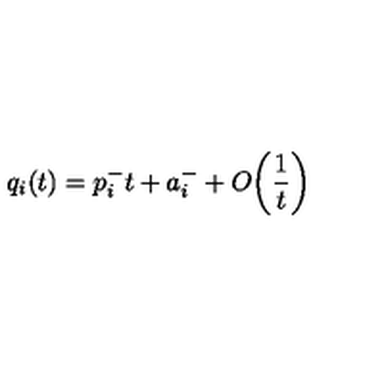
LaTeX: q _ { i } ( t ) = p _ { i } ^ { - } t + a _ { i } ^ { - } + O \biggl ( \frac { 1 } { t } \biggr )